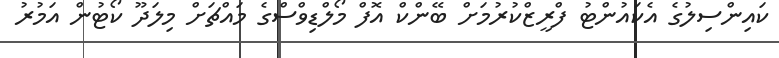
ކައިންސިލުގެ އެކައުންޓު ފްރީޒްކުރުމަށް ބޭންކް އޮފް މޯލްޑިވްސްގެ މައްޗަށް މިލަދޫ ކޯޓުން އަމުރު